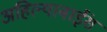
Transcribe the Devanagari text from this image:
अहिल्याबाईंस